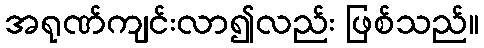
အရုဏ်ကျင်းလာ၍လည်း ဖြစ်သည်။